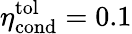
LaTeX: \eta_{\mathrm{cond}}^{\mathrm{tol}}=0.1